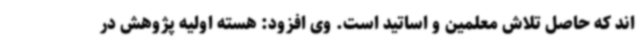
اند که حاصل تلاش معلمین و اساتید است. وی افزود: هسته اولیه پژوهش در